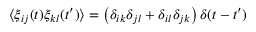
\langle \xi _ { i j } ( t ) \xi _ { k l } ( t ^ { \prime } ) \rangle = \left( \delta _ { i k } \delta _ { j l } + \delta _ { i l } \delta _ { j k } \right) \delta ( t - t ^ { \prime } )